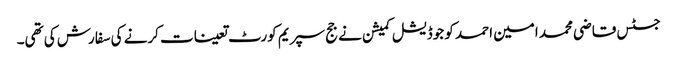
جسٹس قاضی محمد امین احمد کو جوڈیشل کمیشن نے جج سپریم کورٹ تعینات کرنے کی سفارش کی تھی۔